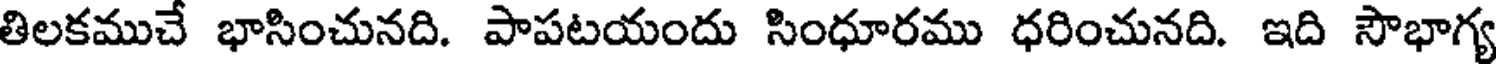
తిలకముచే భాసించునది. పాపటయందు సింధూరము ధరించునది. ఇది సౌభాగ్య